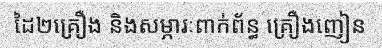
ដៃ២គ្រឿង និងសម្ភារៈពាក់ព័ន្ធ គ្រឿងញៀន